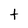
Character: t